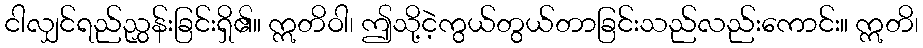
ငါလျှင်ရည်ညွှန်းခြင်းရှိ၏။ ဣတိဝါ၊ ဤသို့ငဲ့ကွယ်တွယ်တာခြင်းသည်လည်းကောင်း။ ဣတိ၊